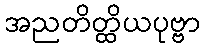
အညတိတ္ထိယပုဗ္ဗာ